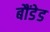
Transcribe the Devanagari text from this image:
बौंडेड